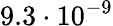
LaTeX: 9.3\cdot 10^{-9}